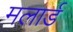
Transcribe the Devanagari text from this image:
मलार्ड